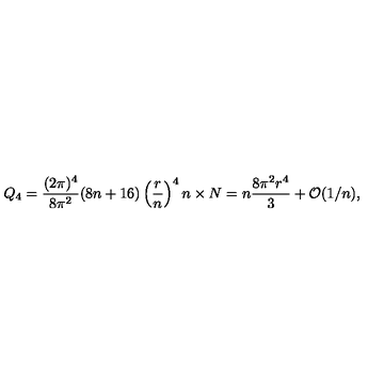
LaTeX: Q _ { 4 } = \frac { ( 2 \pi ) ^ { 4 } } { 8 \pi ^ { 2 } } ( 8 n + 1 6 ) \left( { \frac { r } { n } } \right) ^ { 4 } n \times N = n \frac { 8 \pi ^ { 2 } r ^ { 4 } } { 3 } + { \cal O } ( 1 / n ) ,